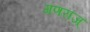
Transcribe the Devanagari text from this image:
गणराज्